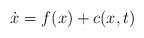
LaTeX: \begin{align*}\dot{x} = f(x) + c(x,t)\end{align*}